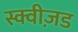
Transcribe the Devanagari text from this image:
स्क्वीज़ड